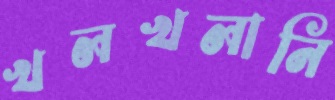
খলখলানি